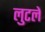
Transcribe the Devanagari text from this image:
लुटलें